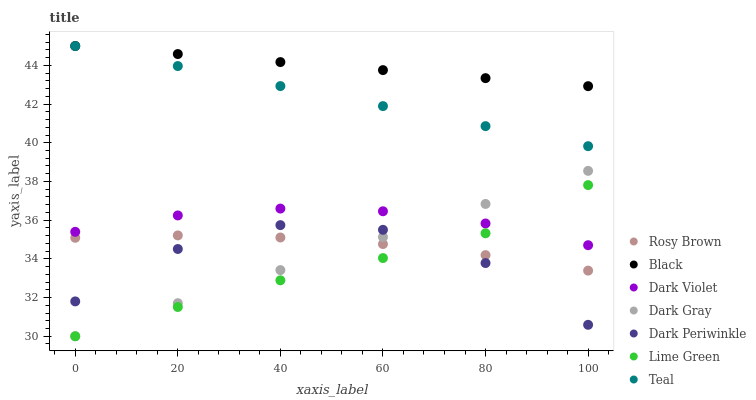
| xaxis_label | Rosy Brown | Black | Dark Violet | Dark Gray | Dark Periwinkle | Lime Green | Teal |
 | --- | --- | --- | --- | --- | --- | --- | --- |
 | 0 | 35.1 | 45 | 35.4 | 30 | 31.8 | 30 | 45 |
 | 20 | 35.2 | 44.6 | 36.2 | 31.7 | 34.5 | 31.5 | 44 |
 | 40 | 35.1 | 44.2 | 36.6 | 33.4 | 35.7 | 32.9 | 42.9 |
 | 60 | 34.8 | 43.8 | 36.5 | 35.1 | 35.5 | 34 | 41.9 |
 | 80 | 34.2 | 43.3 | 35.8 | 36.8 | 33.8 | 35.3 | 40.9 |
 | 100 | 33.4 | 42.9 | 34.7 | 38.5 | 30.6 | 37.8 | 39.8 |